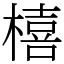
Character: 橲